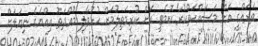
ތަރައްގީ އަށް މަސައްކަތްކުރާ ކޮމެޓީ އަށް ކުރިމަތިލުމަށް ހުޅުވާލި މުއްދަތު އިއްޔެގެ ނިޔަލަށް